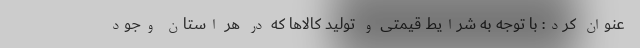
عنوان کرد: با توجه به شرایط قیمتی و تولید کالاها که در هر استان‌ وجود